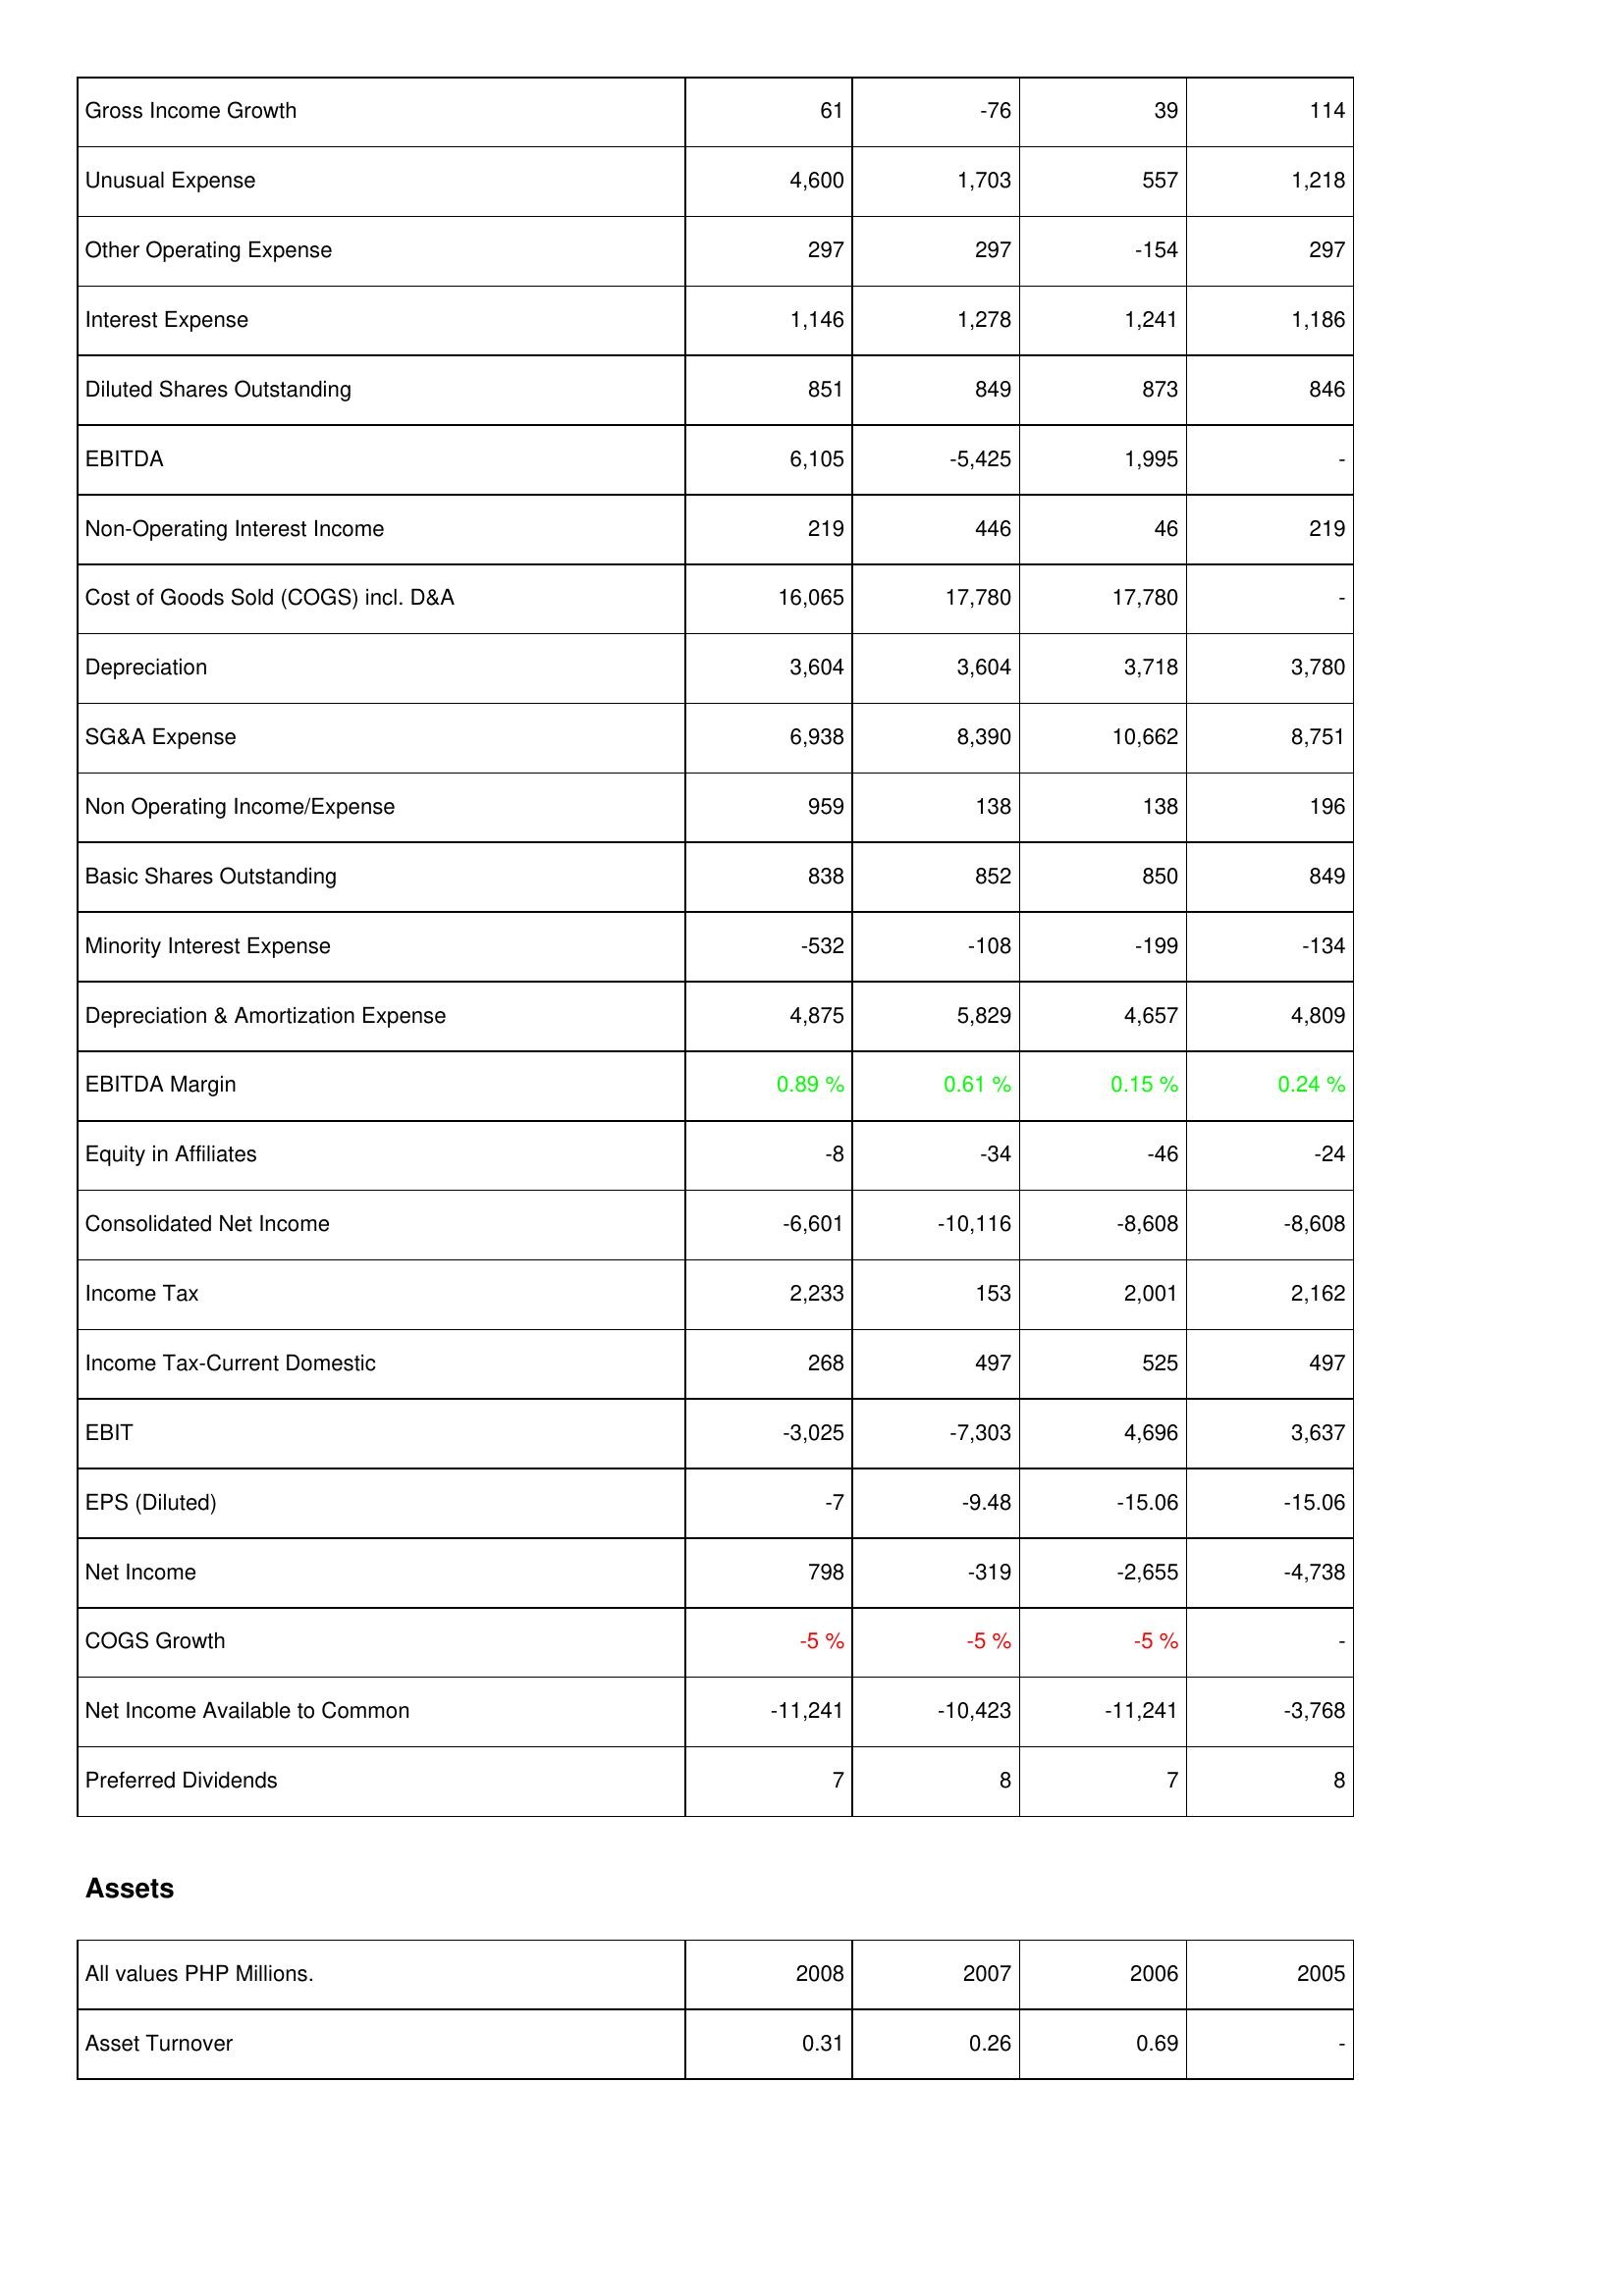
2008: Income Statement: Gross Income Growth: 61
Unusual Expense: 4,600
Other Operating Expense: 297
Interest Expense: 1,146
Diluted Shares Outstanding: 851
EBITDA: 6,105
Non-Operating Interest Income: 219
Cost of Goods Sold (COGS) incl. D&A: 16,065
Depreciation: 3,604
SG&A Expense: 6,938
Non Operating Income/Expense: 959
Basic Shares Outstanding: 838
Minority Interest Expense: -532
Depreciation & Amortization Expense: 4,875
EBITDA Margin: 0.89 %
Equity in Affiliates: -8
Consolidated Net Income: -6,601
Income Tax: 2,233
Income Tax-Current Domestic: 268
EBIT: -3,025
EPS (Diluted): -7
Net Income: 798
COGS Growth: -5 %
Net Income Available to Common: -11,241
Preferred Dividends: 7
Assets: Asset Turnover: 0.31
2007: Income Statement: Gross Income Growth: -76
Unusual Expense: 1,703
Other Operating Expense: 297
Interest Expense: 1,278
Diluted Shares Outstanding: 849
EBITDA: -5,425
Non-Operating Interest Income: 446
Cost of Goods Sold (COGS) incl. D&A: 17,780
Depreciation: 3,604
SG&A Expense: 8,390
Non Operating Income/Expense: 138
Basic Shares Outstanding: 852
Minority Interest Expense: -108
Depreciation & Amortization Expense: 5,829
EBITDA Margin: 0.61 %
Equity in Affiliates: -34
Consolidated Net Income: -10,116
Income Tax: 153
Income Tax-Current Domestic: 497
EBIT: -7,303
EPS (Diluted): -9.48
Net Income: -319
COGS Growth: -5 %
Net Income Available to Common: -10,423
Preferred Dividends: 8
Assets: Asset Turnover: 0.26
2006: Income Statement: Gross Income Growth: 39
Unusual Expense: 557
Other Operating Expense: -154
Interest Expense: 1,241
Diluted Shares Outstanding: 873
EBITDA: 1,995
Non-Operating Interest Income: 46
Cost of Goods Sold (COGS) incl. D&A: 17,780
Depreciation: 3,718
SG&A Expense: 10,662
Non Operating Income/Expense: 138
Basic Shares Outstanding: 850
Minority Interest Expense: -199
Depreciation & Amortization Expense: 4,657
EBITDA Margin: 0.15 %
Equity in Affiliates: -46
Consolidated Net Income: -8,608
Income Tax: 2,001
Income Tax-Current Domestic: 525
EBIT: 4,696
EPS (Diluted): -15.06
Net Income: -2,655
COGS Growth: -5 %
Net Income Available to Common: -11,241
Preferred Dividends: 7
Assets: Asset Turnover: 0.69
2005: Income Statement: Gross Income Growth: 114
Unusual Expense: 1,218
Other Operating Expense: 297
Interest Expense: 1,186
Diluted Shares Outstanding: 846
EBITDA: -
Non-Operating Interest Income: 219
Cost of Goods Sold (COGS) incl. D&A: -
Depreciation: 3,780
SG&A Expense: 8,751
Non Operating Income/Expense: 196
Basic Shares Outstanding: 849
Minority Interest Expense: -134
Depreciation & Amortization Expense: 4,809
EBITDA Margin: 0.24 %
Equity in Affiliates: -24
Consolidated Net Income: -8,608
Income Tax: 2,162
Income Tax-Current Domestic: 497
EBIT: 3,637
EPS (Diluted): -15.06
Net Income: -4,738
COGS Growth: -
Net Income Available to Common: -3,768
Preferred Dividends: 8
Assets: Asset Turnover: -